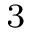
_ \textrm { 3 }